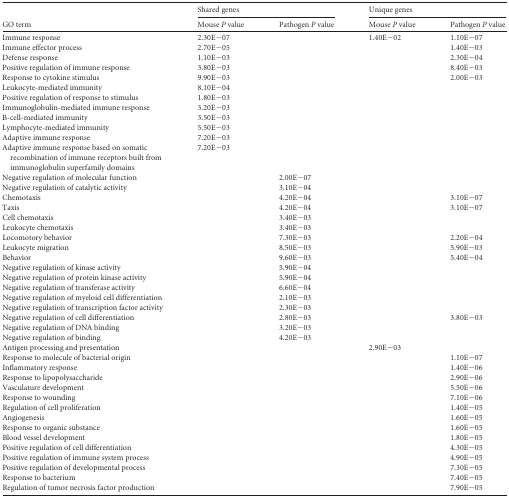
<table><thead><tr><td rowspan="2"><b>GO term</b></td><td colspan="2"><b>Shared genes</b></td><td colspan="2"><b>Unique genes</b></td></tr><tr><td><b>Mouse <i>P</i> value</b></td><td><b>Pathogen <i>P</i> value</b></td><td><b>Mouse <i>P</i> value</b></td><td><b>Pathogen <i>P</i> value</b></td></tr></thead><tbody><tr><td>Immune response</td><td>2.30E−07</td><td></td><td>1.40E−02</td><td>1.10E−07</td></tr><tr><td>Immune effector process</td><td>2.70E−05</td><td></td><td></td><td>1.40E−03</td></tr><tr><td>Defense response</td><td>1.10E−03</td><td></td><td></td><td>2.30E−04</td></tr><tr><td>Positive regulation of immune response</td><td>3.80E−03</td><td></td><td></td><td>8.40E−03</td></tr><tr><td>Response to cytokine stimulus</td><td>9.90E−03</td><td></td><td></td><td>2.00E−03</td></tr><tr><td>Leukocyte-mediated immunity</td><td>8.10E−04</td><td></td><td></td><td></td></tr><tr><td>Positive regulation of response to stimulus</td><td>1.80E−03</td><td></td><td></td><td></td></tr><tr><td>Immunoglobulin-mediated immune response</td><td>3.20E−03</td><td></td><td></td><td></td></tr><tr><td>B-cell-mediated immunity</td><td>3.50E−03</td><td></td><td></td><td></td></tr><tr><td>Lymphocyte-mediated immunity</td><td>5.50E−03</td><td></td><td></td><td></td></tr><tr><td>Adaptive immune response</td><td>7.20E−03</td><td></td><td></td><td></td></tr><tr><td>Adaptive immune response based on somatic recombination of immune receptors built from immunoglobulin superfamily domains</td><td>7.20E−03</td><td></td><td></td><td></td></tr><tr><td>Negative regulation of molecular function</td><td></td><td>2.00E−07</td><td></td><td></td></tr><tr><td>Negative regulation of catalytic activity</td><td></td><td>3.10E−04</td><td></td><td></td></tr><tr><td>Chemotaxis</td><td></td><td>4.20E−04</td><td></td><td>3.10E−07</td></tr><tr><td>Taxis</td><td></td><td>4.20E−04</td><td></td><td>3.10E−07</td></tr><tr><td>Cell chemotaxis</td><td></td><td>3.40E−03</td><td></td><td></td></tr><tr><td>Leukocyte chemotaxis</td><td></td><td>3.40E−03</td><td></td><td></td></tr><tr><td>Locomotory behavior</td><td></td><td>7.30E−03</td><td></td><td>2.20E−04</td></tr><tr><td>Leukocyte migration</td><td></td><td>8.50E−03</td><td></td><td>5.90E−03</td></tr><tr><td>Behavior</td><td></td><td>9.60E−03</td><td></td><td>5.40E−04</td></tr><tr><td>Negative regulation of kinase activity</td><td></td><td>5.90E−04</td><td></td><td></td></tr><tr><td>Negative regulation of protein kinase activity</td><td></td><td>5.90E−04</td><td></td><td></td></tr><tr><td>Negative regulation of transferase activity</td><td></td><td>6.60E−04</td><td></td><td></td></tr><tr><td>Negative regulation of myeloid cell differentiation</td><td></td><td>2.10E−03</td><td></td><td></td></tr><tr><td>Negative regulation of transcription factor activity</td><td></td><td>2.30E−03</td><td></td><td></td></tr><tr><td>Negative regulation of cell differentiation</td><td></td><td>2.80E−03</td><td></td><td>3.80E−03</td></tr><tr><td>Negative regulation of DNA binding</td><td></td><td>3.20E−03</td><td></td><td></td></tr><tr><td>Negative regulation of binding</td><td></td><td>4.20E−03</td><td></td><td></td></tr><tr><td>Antigen processing and presentation</td><td></td><td></td><td>2.90E−03</td><td></td></tr><tr><td>Response to molecule of bacterial origin</td><td></td><td></td><td></td><td>1.10E−07</td></tr><tr><td>Inflammatory response</td><td></td><td></td><td></td><td>1.40E−06</td></tr><tr><td>Response to lipopolysaccharide</td><td></td><td></td><td></td><td>2.90E−06</td></tr><tr><td>Vasculature development</td><td></td><td></td><td></td><td>5.50E−06</td></tr><tr><td>Response to wounding</td><td></td><td></td><td></td><td>7.10E−06</td></tr><tr><td>Regulation of cell proliferation</td><td></td><td></td><td></td><td>1.40E−05</td></tr><tr><td>Angiogenesis</td><td></td><td></td><td></td><td>1.60E−05</td></tr><tr><td>Response to organic substance</td><td></td><td></td><td></td><td>1.60E−05</td></tr><tr><td>Blood vessel development</td><td></td><td></td><td></td><td>1.80E−05</td></tr><tr><td>Positive regulation of cell differentiation</td><td></td><td></td><td></td><td>4.30E−05</td></tr><tr><td>Positive regulation of immune system process</td><td></td><td></td><td></td><td>4.90E−05</td></tr><tr><td>Positive regulation of developmental process</td><td></td><td></td><td></td><td>7.30E−05</td></tr><tr><td>Response to bacterium</td><td></td><td></td><td></td><td>7.40E−05</td></tr><tr><td>Regulation of tumor necrosis factor production</td><td></td><td></td><td></td><td>7.90E−05</td></tr></tbody></table>